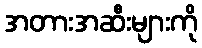
အတားအဆီးများကို